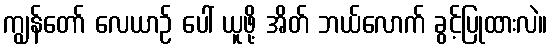
ကျွန်တော် လေယာဉ် ပေါ် ယူဖို့ အိတ် ဘယ်လောက် ခွင့်ပြုထားလဲ။